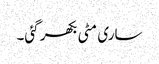
ساری مٹی بکھر گئی۔